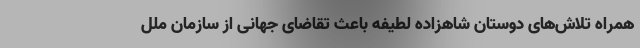
همراه تلاش‌های دوستان شاهزاده لطیفه باعث تقاضای جهانی از سازمان ملل